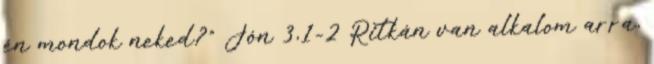
én mondok neked?” Jón 3,1-2 Ritkán van alkalom arra,